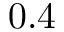
0 . 4